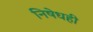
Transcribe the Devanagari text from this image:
निषेधही